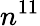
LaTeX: n^{11}